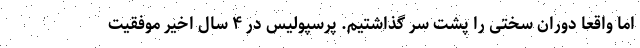
اما واقعا دوران سختی را پشت سر گذاشتیم. پرسپولیس در ۴ سال اخیر موفقیت